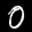
Label: 0